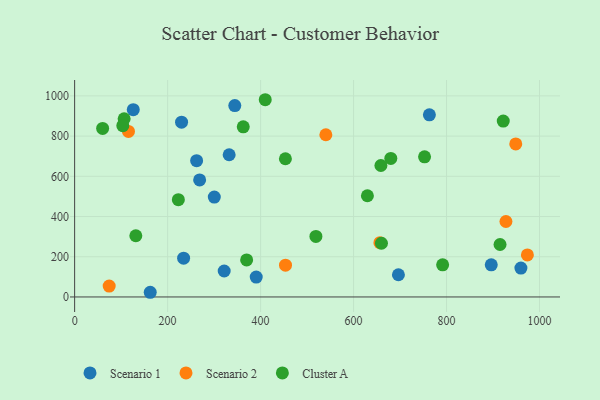
{"axis": {"x": "Study Hours", "y": "Exam Score"}, "legend": ["Cluster A", "Scenario 1", "Scenario 2"], "data": [{"x": "268.9", "y": 582.1, "type": "Scenario 1"}, {"x": "234.4", "y": 192.8, "type": "Scenario 1"}, {"x": "332.4", "y": 707.2, "type": "Scenario 1"}, {"x": "390.6", "y": 99.0, "type": "Scenario 1"}, {"x": "344.5", "y": 951.7, "type": "Scenario 1"}, {"x": "262.4", "y": 677.5, "type": "Scenario 1"}, {"x": "300.4", "y": 496.9, "type": "Scenario 1"}, {"x": "896.2", "y": 159.7, "type": "Scenario 1"}, {"x": "162.6", "y": 23.3, "type": "Scenario 1"}, {"x": "126.1", "y": 931.3, "type": "Scenario 1"}, {"x": "230.0", "y": 869.0, "type": "Scenario 1"}, {"x": "696.5", "y": 110.4, "type": "Scenario 1"}, {"x": "763.1", "y": 905.8, "type": "Scenario 1"}, {"x": "321.7", "y": 129.2, "type": "Scenario 1"}, {"x": "960.0", "y": 143.6, "type": "Scenario 1"}, {"x": "115.8", "y": 823.3, "type": "Scenario 2"}, {"x": "656.7", "y": 270.1, "type": "Scenario 2"}, {"x": "973.9", "y": 209.2, "type": "Scenario 2"}, {"x": "453.6", "y": 157.9, "type": "Scenario 2"}, {"x": "948.9", "y": 761.1, "type": "Scenario 2"}, {"x": "927.8", "y": 375.2, "type": "Scenario 2"}, {"x": "74.3", "y": 54.0, "type": "Scenario 2"}, {"x": "540.4", "y": 806.7, "type": "Scenario 2"}, {"x": "106.5", "y": 886.1, "type": "Cluster A"}, {"x": "680.1", "y": 689.1, "type": "Cluster A"}, {"x": "922.0", "y": 874.4, "type": "Cluster A"}, {"x": "519.0", "y": 301.2, "type": "Cluster A"}, {"x": "223.1", "y": 484.0, "type": "Cluster A"}, {"x": "103.6", "y": 852.0, "type": "Cluster A"}, {"x": "915.1", "y": 260.8, "type": "Cluster A"}, {"x": "453.4", "y": 687.3, "type": "Cluster A"}, {"x": "660.0", "y": 267.1, "type": "Cluster A"}, {"x": "658.8", "y": 653.6, "type": "Cluster A"}, {"x": "370.0", "y": 184.0, "type": "Cluster A"}, {"x": "131.6", "y": 304.5, "type": "Cluster A"}, {"x": "60.2", "y": 838.0, "type": "Cluster A"}, {"x": "629.8", "y": 503.4, "type": "Cluster A"}, {"x": "752.7", "y": 696.7, "type": "Cluster A"}, {"x": "791.6", "y": 160.0, "type": "Cluster A"}, {"x": "362.7", "y": 846.2, "type": "Cluster A"}, {"x": "410.0", "y": 980.8, "type": "Cluster A"}]}